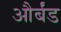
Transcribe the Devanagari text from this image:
और्बंड